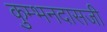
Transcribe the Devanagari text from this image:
कुम्भनदासजी